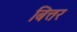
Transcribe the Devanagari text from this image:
बित्तर